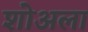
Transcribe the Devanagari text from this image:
शोअला